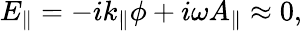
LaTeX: E_{\| }=-ik_{\| }\phi+i\omega A_{\| }\approx 0,